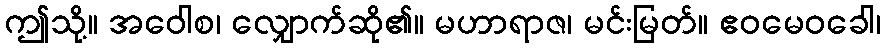
ဤသို့။ အဝေါစ၊ လျှောက်ဆို၏။ မဟာရာဇ၊ မင်းမြတ်။ ဧဝမေဝခေါ၊